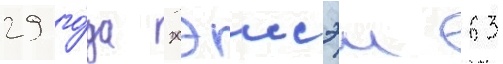
29 го́да хэисэи 63